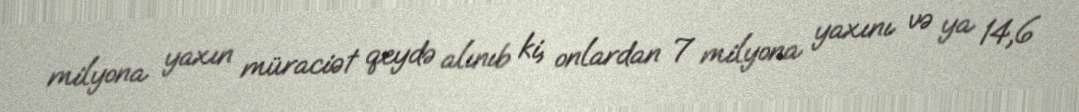
milyona yaxın müraciət qeydə alınıb ki, onlardan 7 milyona yaxını və ya 14,6